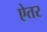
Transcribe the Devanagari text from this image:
ऐतर